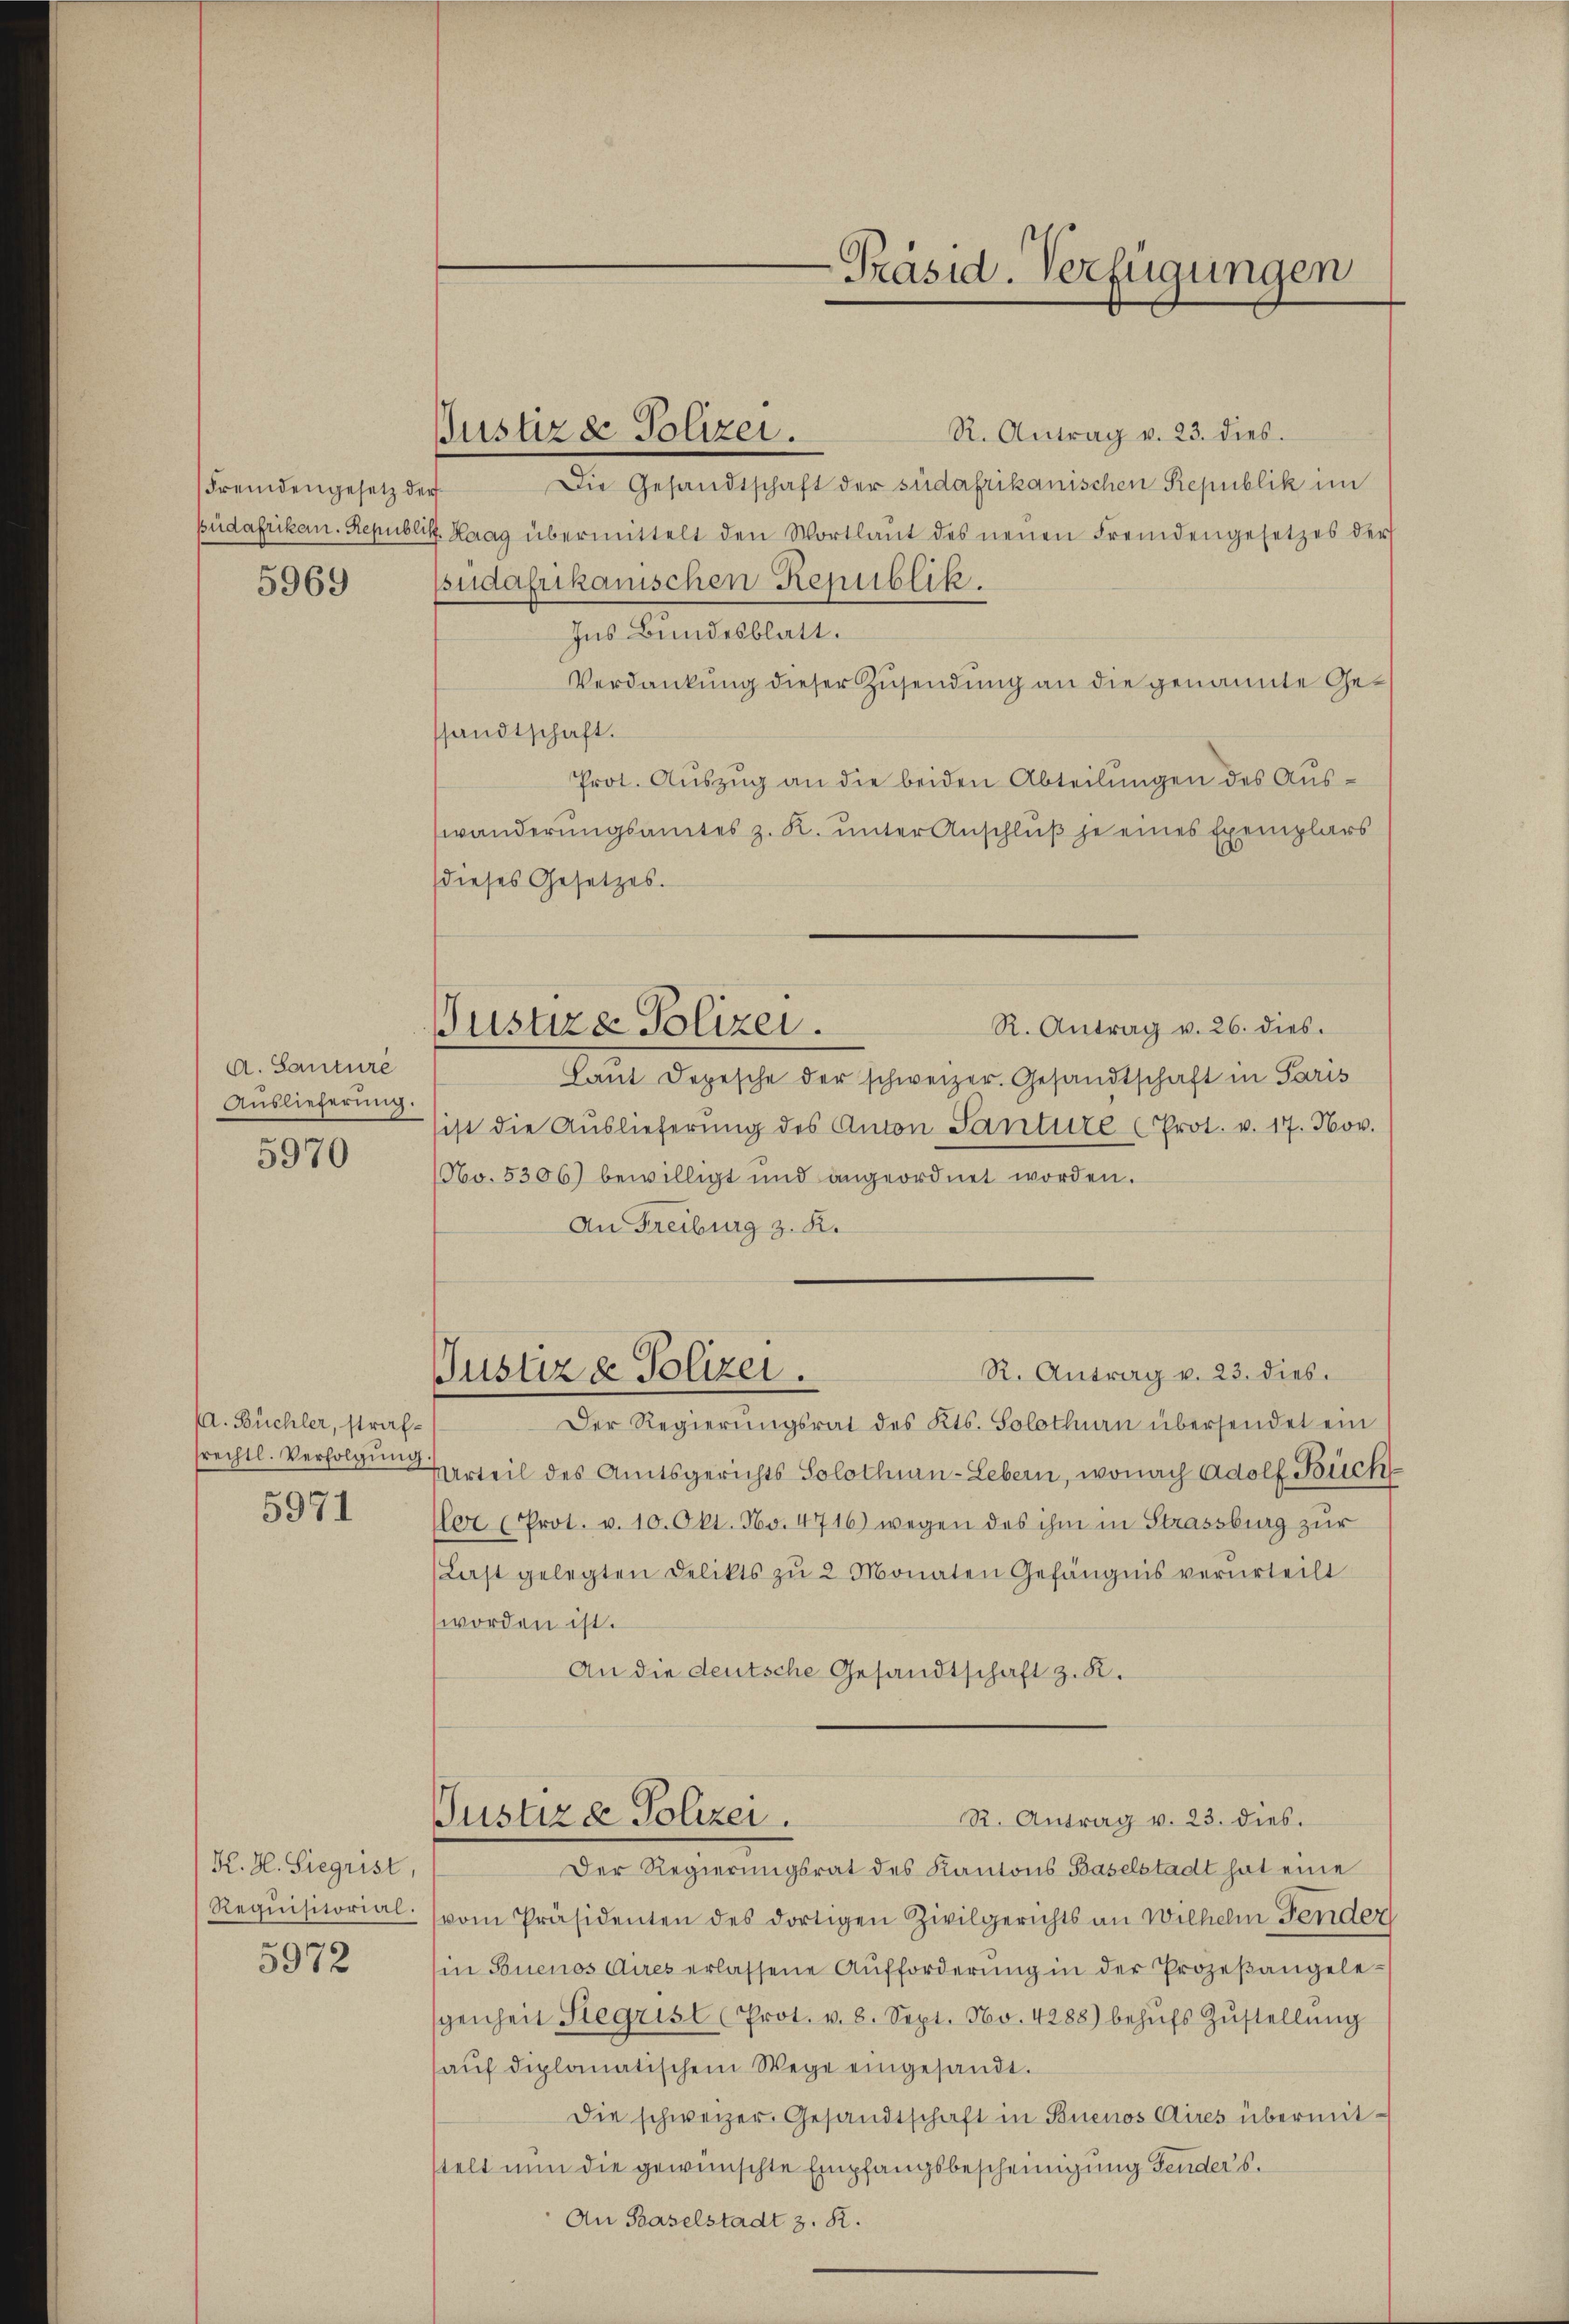
Fremdengesetz der

5969

A. Santure
Auslieferung.

5970

. Büchler, strafsrechtl. Verfolgung.

5971

K. H. Siegrist,
Requisitorial.

5972

Justiz & Polizei.

R. Antrag v. 23. dies
Die Gesandtschaft der südafrikanischen Republik im
Büdafrikan. Republik. Haag übermittelt den Wortlaŭt des neŭen Fremdengesetzes der
pudafrikanischen Republik.
Ins Bundesblatt.
Verdankung dieser Zusendung an die genannte Gesandtschaft.
Prot. Auszug an die beiden Abteilungen des Auswänderungsamtes z. K. unter Anschluß je eines Exemplars
(dieses Gesetzes.
R. Antrag v. 26. dies.
Püstire Polizei.
Laut Depesche der schweizer. Gesandtschaft in Paris
sist die Auslieferŭng des Anton Santure (Prot. v. 17. Nov.
No. 5306) bewilligt und angeordnet worden.
An Freiburg z. K.

-Präsid. Verfügungen

R. Antrag v. 23. dies
Justiz & Polizei.

Der Regierungsrat des Kts. Solothurn übersendet ein
Verteil des Amtsgerichts Solothurn-Lebern, wonach Adolf Büch
Ver (Prot. v. 10. Okt. No. 4716) wegen des ihm in Strassburg zur
(Last gelegten Delikts zŭ 2 Monaten Gefängnis verurteilt
worden ist.
An die deutsche Gesandtschaft z. K.

R. Antrag v. 23. dies.
Justize Polizei.
Der Regierungsrat des Kantons Baselstadt hat eine

(vom Präsidenten des dortigen Zivilgerichts an Wilhelm Fender
in Buenos Aires erlassene Aufforderŭng in der Prozeβangelegenheit Stegrist (Prot. v. 8. Sept. No. 4288) behŭfs Zŭstellŭng
aŭf diplomatischem Wege eingesandt.
Die schweizer. Gesandtschaft in Buenos Aires übermit-
stelt nun die gewünschte Empfangsbescheinigung senders.
An Baselstadt z. R.